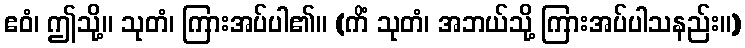
ဧဝံ၊ ဤသို့။ သုတံ၊ ကြားအပ်ပါ၏။ (ကိံ သုတံ၊ အဘယ်သို့ ကြားအပ်ပါသနည်း။)